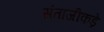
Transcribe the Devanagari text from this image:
संताजीकड़े